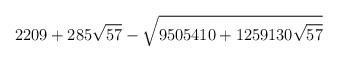
LaTeX: \begin{align*}2209+285\sqrt{57}-\sqrt{9505410+1259130\sqrt{57}}\end{align*}